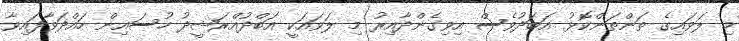
މި ލަވައިގެ ތަންތަންކޮޅު އަބަދުވެސް އިވިގެންދާއިރު މި ލަވައަކީ އަބްދުއްރަޝީދު ހުސައިން ހައްދަވާފައިވާ